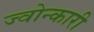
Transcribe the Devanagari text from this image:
ज्वोन्कारी